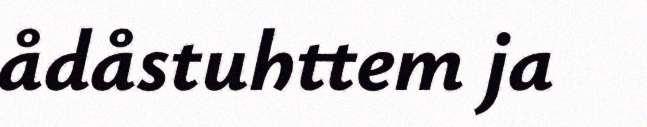
ådåstuhttem ja